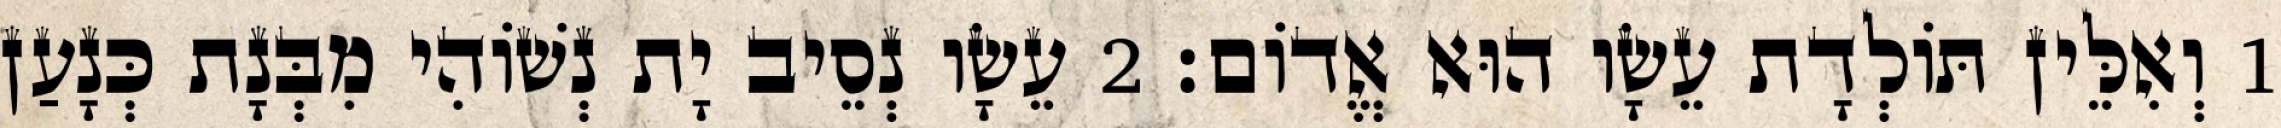
1 וְאִלֵּין תּוֹלְדָת עֵשָׂו הוּא אֱדוֹם׃ 2 עֵשָׂו נְסֵיב יָת נְשׁוֹהִי מִבְּנָת כְּנָעַן